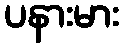
ပနားမား